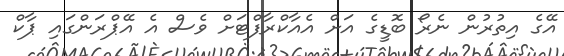
އޭގެ އިތުރުން ނެރޯ ބޮޑީގެ އަށް އެއާކްރާފްޓަށް ވެސް އެ އޭޕްރަންގައި ޕާކް